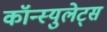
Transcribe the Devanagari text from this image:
कॉन्स्युलेट्स